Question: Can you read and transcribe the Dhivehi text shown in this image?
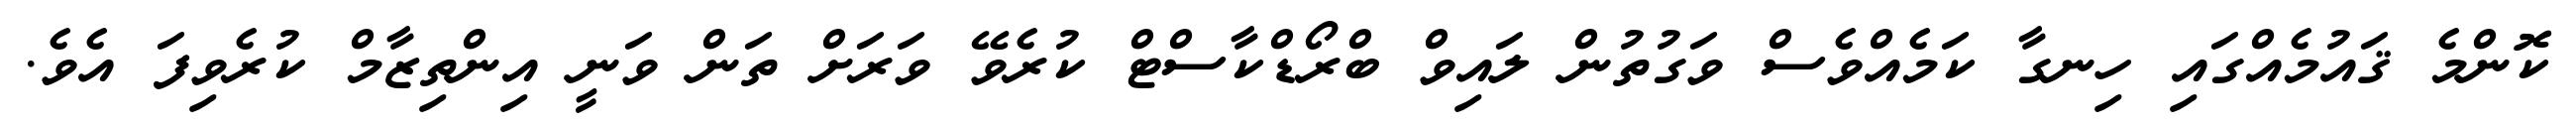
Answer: ކޮންމެ ޤައުމެއްގައި ހިނގާ ކަމެއްވެސް ވަގުތުން ލައިވް ބްރޯޑްކާސްޓް ކުރެވޭ ވަރަށް ތަން ވަނީ އިންތިޒާމް ކުރެވިފަ އެވެ.